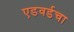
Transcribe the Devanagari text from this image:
एडवर्डचा